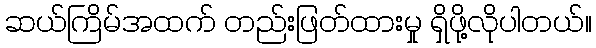
ဆယ်ကြိမ်အထက် တည်းဖြတ်ထားမှု ရှိဖို့လိုပါတယ်။